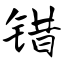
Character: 错